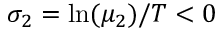
\sigma _ { 2 } = \ln ( { \mu _ { 2 } } ) / T < 0